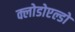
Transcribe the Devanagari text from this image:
क्लोडोएल्डो